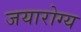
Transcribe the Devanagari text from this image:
जयारोग्य